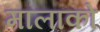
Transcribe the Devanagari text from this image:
मालाको